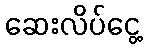
ဆေးလိပ်ငွေ့